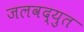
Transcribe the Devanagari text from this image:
जलवद्युत